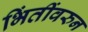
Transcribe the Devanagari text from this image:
भिंतींवरुन